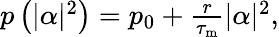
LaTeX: \begin{array}{r}{p\left(|\alpha|^{2}\right)=p_{0}+\frac{r}{\tau_{\mathrm{m}}}|\alpha|^{2},}\end{array}